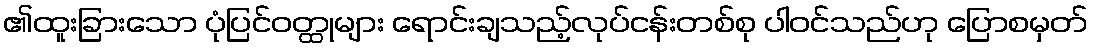
၏ထူးခြားသော ပုံပြင်ဝတ္ထုများ ရောင်းချသည့်လုပ်ငန်းတစ်စု ပါဝင်သည်ဟု ပြောစမှတ်